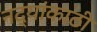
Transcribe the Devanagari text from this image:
नद्यांकाठी